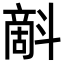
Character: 𣂉